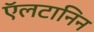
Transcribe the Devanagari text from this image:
ऍलटानिन